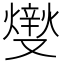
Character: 𤏻